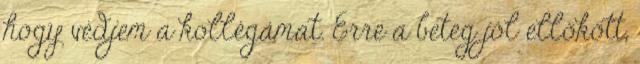
hogy védjem a kollégámat. Erre a beteg jól ellökött,